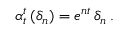
\alpha _ { t } ^ { t } \, ( \delta _ { n } ) = e ^ { n t } \, \delta _ { n } \, .